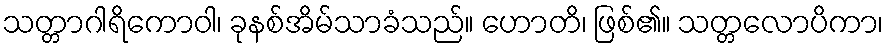
သတ္တာဂါရိကောဝါ၊ ခုနစ်အိမ်သာခံသည်။ ဟောတိ၊ ဖြစ်၏။ သတ္တလောပိကာ၊